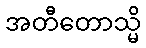
အတီတောသ္မိ